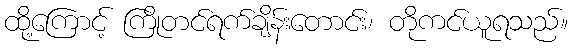
ထို့ကြောင့် ကြိုတင်ရက်ချိန်းတောင်း၊ တိုကင်ယူရသည်။